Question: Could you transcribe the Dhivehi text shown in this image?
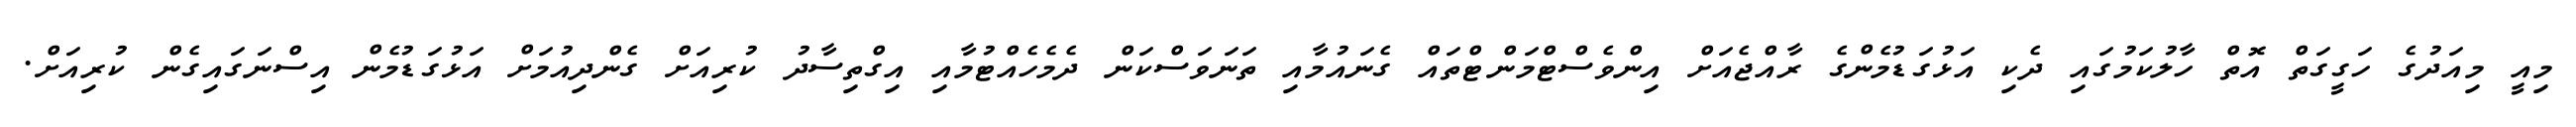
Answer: މިއީ މިއަދުގެ ހަގީގަތް އޮތް ހާލުކަމުގައި ދެކި އަޅުގަޑުމެންގެ ރާއްޖެއަށް އިންވެސްޓްމަންޓްތައް ގެނައުމާއި ތަނަވަސްކަން ދެމެހެއްޓުމާއި އިގްތިސާދު ކުރިއަށް ގެންދިއުމަށް އަޅުގަޑުމެން އިސްނަގައިގެން ކުރިއަށް.